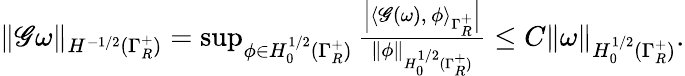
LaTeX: \begin{array}{r}{\| \mathscr G\omega\| _{H^{-1/2}(\Gamma_{R}^{+})}=\operatorname*{sup}_{\phi\in H_{0}^{1/2}(\Gamma_{R}^{+})}\frac{\Big|\langle\mathscr{G}(\omega),\, \phi\rangle_{\Gamma_{R}^{+}}\Big|}{\| \phi\| _{H_{0}^{1/2}(\Gamma_{R}^{+})}}\leq C\| \omega\| _{H_{0}^{1/2}(\Gamma_{R}^{+})}.}\end{array}